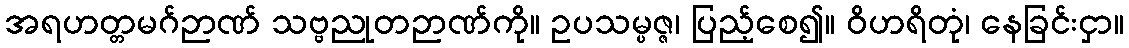
အရဟတ္တမဂ်ဉာဏ် သဗ္ဗညုတဉာဏ်ကို။ ဥပသမ္ပဇ္ဇ၊ ပြည့်စေ၍။ ဝိဟရိတုံ၊ နေခြင်းငှာ။